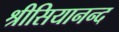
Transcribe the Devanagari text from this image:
श्रीसियानन्द